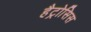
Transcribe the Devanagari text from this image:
हैट्रोसिस